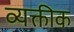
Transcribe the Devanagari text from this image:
व्यक्तीक